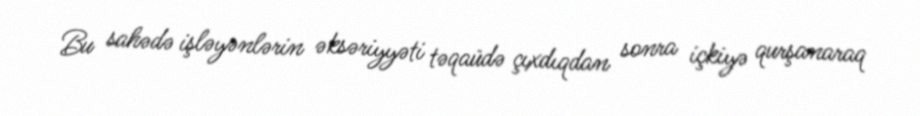
Bu sahədə işləyənlərin əksəriyyəti təqaüdə çıxdıqdan sonra içkiyə qurşanaraq